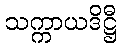
သက္ကာယဒိဋ္ဌီ